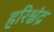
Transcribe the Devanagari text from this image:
हरिश्चंद्र